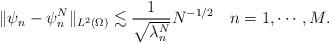
LaTeX: \begin{align*}\|\psi_n-\psi_n^N\|_{L^2(\Omega)}\lesssim \frac{1}{\sqrt{\lambda_n^{N}}} N^{-1/2}\quad n=1,\cdots, M.\end{align*}